Indian journal of veterinary science and animal husbandry - Volumes 15-17, 1948-1951
Year: 1948
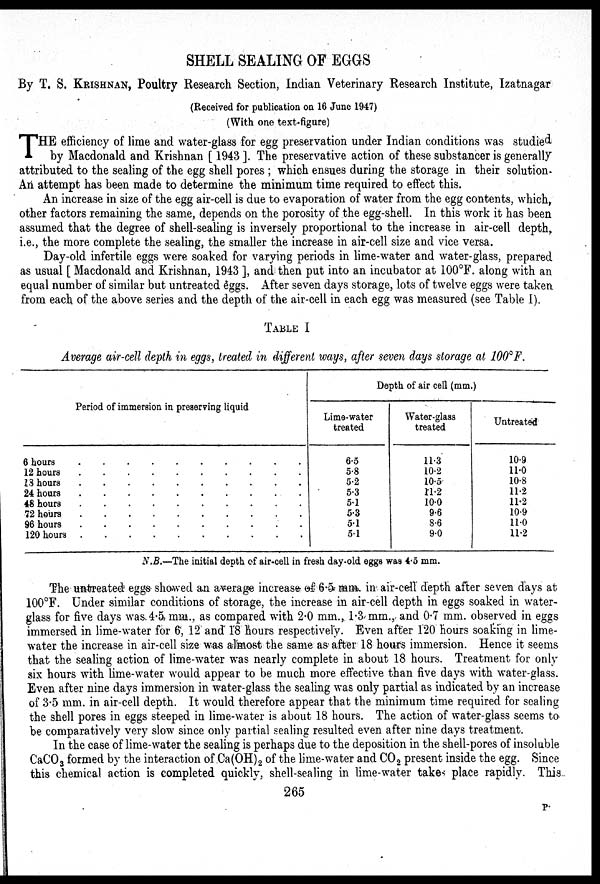
SHELL SEALING OF EGGS
By T. S. KRISHNAN, Poultry Research Section, Indian Veterinary Research Institute, Izatnagar
(Received for publication on 16 June 1947)
(With one text-figure)
T HE efficiency of lime and water-glass for egg preservation under Indian conditions was studied
by Macdonald and Krishnan [1943]. The preservative action of these substancer is generally
attributed to the sealing of the egg shell pores; which ensues during the storage in their solution.
An attempt has been made to determine the minimum time required to effect this.
An increase in size of the egg air-cell is due to evaporation of water from the egg contents, which,
other factors remaining the same, depends on the porosity of the egg-shell. In this work it has been
assumed that the degree of shell-sealing is inversely proportional to the increase in air-cell depth,
i.e., the more complete the sealing, the smaller the increase in air-cell size and vice versa.
Day-old infertile eggs were soaked for varying periods in lime-water and water-glass, prepared
as usual [Macdonald and Krishnan, 1943], and then put into an incubator at 100°F. along with an
equal number of similar but untreated eggs. After seven days storage, lots of twelve eggs were taken
from each of the above series and the depth of the air-cell in each egg was measured (see Table I).
TABLE I
Average air-cell depth in eggs, treated in different ways, after seven days storage at 100°F.
Period of immersion in preserving liquid
6 hours
.
.
.
.
.
.
.
.
.
.
12 hours
.
.
.
.
.
.
.
.
.
.
13 hours
.
.
.
.
.
.
.
.
.
.
24 hours
.
.
.
.
.
.
.
.
.
.
48 hours
.
.
.
.
.
.
.
.
.
.
72 hours
.
.
.
.
.
.
.
.
.
.
96 hours
.
.
.
.
.
.
.
.
.
.
120 hours
.
.
.
.
.
.
.
.
.
.
Depth of air cell (mm.)
Lime-water
treated
6.5
5.8
5.2
5.3
5.1
5.3
5.1
5.1
Water-glass
treated
11.3
10.2
10.5
11.2
10.0
9.6
8.6
9.0
Untreated
10.9
11.0
10.8
11.2
11.2
10.9
11.0
11.2
N.B.—The initial depth of air-cell in fresh day-old eggs was 4.5 mm.
The untreated eggs showed an average increase of 6.5 mm. in air-cell depth after seven days at
100°F. Under similar conditions of storage, the increase in air-cell depth in eggs soaked in water-
glass for five days was. 4.5 mm., as compared with 2.0 mm., 1.3 mm., and 0.7 mm. observed in eggs
immersed in lime-water for 6, 12 and 18 hours respectively. Even after 120 hours soaking in lime-
water the increase in air-cell size was almost the same as after 18 hours immersion. Hence it seems
that the sealing action of lime-water was nearly complete in about 18 hours. Treatment for only
six hours with lime-water would appear to be much more effective than five days with water-glass.
Even after nine days immersion in water-glass the sealing was only partial as indicated by an increase
of 3.5 mm. in air-cell depth. It would therefore appear that the minimum time required for sealing
the shell pores in eggs steeped in lime-water is about 18 hours. The action of water-glass seems to
be comparatively very slow since only partial sealing resulted even after nine days treatment.
In the case of lime-water the sealing is perhaps due to the deposition in the shell-pores of insoluble
CaCO 3 formed by the interaction of Ca(OH) 2 of the lime-water and CO 2 present inside the egg. Since
this chemical action is completed quickly, shell-sealing in lime-water takes place rapidly. This
265
P